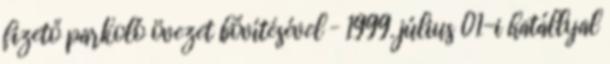
fizető parkoló övezet bővítésével – 1999. július 01-i hatállyal